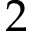
2